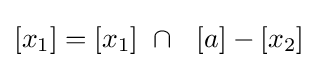
[x_{1}]=[x_{1}]\ \cap \ \ [a]-[x_{2}]